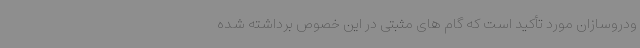
ودروسازان مورد تأکید است که گام های مثبتی در این خصوص برداشته شده